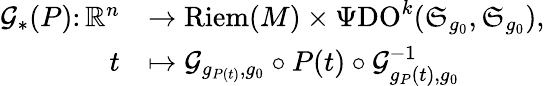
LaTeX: \begin{array}{rl}{\mathcal{G}_{\ast}(P)\colon\mathord{\mathbb{R}}^{n}}&{\rightarrow\mathrm{Riem}(M)\times\Psi\mathrm{DO}^{k}(\mathfrak{S}_{g_{0}},\mathfrak{S}_{g_{0}}),}\\ {t}&{\mapsto\mathcal{G}_{g_{P(t)},g_{0}}\circ P(t)\circ\mathcal{G}_{g_{P}(t),g_{0}}^{-1}}\end{array}